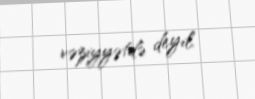
vəziyyətdə deyil.